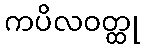
ကပိလဝတ္ထု